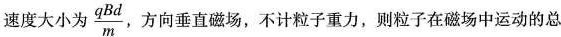
速度大小为\frac{qBd}{m}，方向垂直磁场，不计粒子重力，则粒子在磁场中运动的总